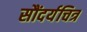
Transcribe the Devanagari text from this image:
सौंदर्यचित्र